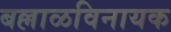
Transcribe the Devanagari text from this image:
बल्लाळविनायक